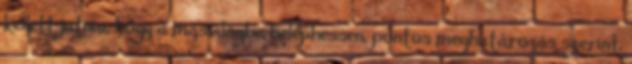
kellett jutnia, hogy a másvilágba beléphessen, pontos meghatározás szerint,